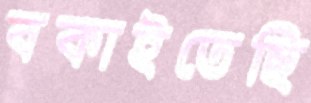
বকাইতেছি